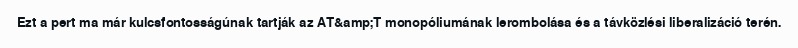
Ezt a pert ma már kulcsfontosságúnak tartják az AT&amp;T monopóliumának lerombolása és a távközlési liberalizáció terén.